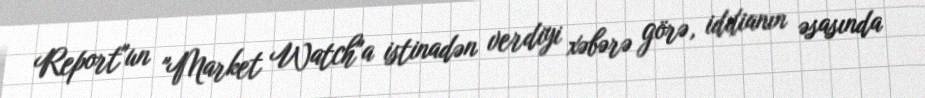
Report"un "Market Watch"a istinadən verdiyi xəbərə görə, iddianın əsasında